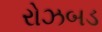
રોઝબડ